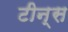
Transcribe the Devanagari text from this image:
टीन्स